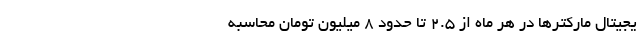
یجیتال مارکتر‌ها در هر ماه از 2.5 تا حدود ۸ میلیون تومان محاسبه‌